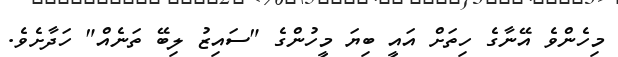
މިހެންވެ އޭނާގެ ހިތަށް އައީ ބިޔަ މީހުންގެ "ސައިޒު ލިބޭ ތަނެއް" ހަދާށެވެ.